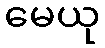
မေယု